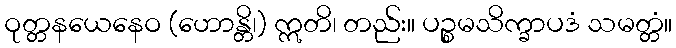
ဝုတ္တနယေနေဝ (ဟောန္တိ၊) ဣတိ၊ တည်း။ ပဉ္စမသိက္ခာပဒံ သမတ္တံ။